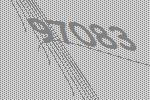
97083